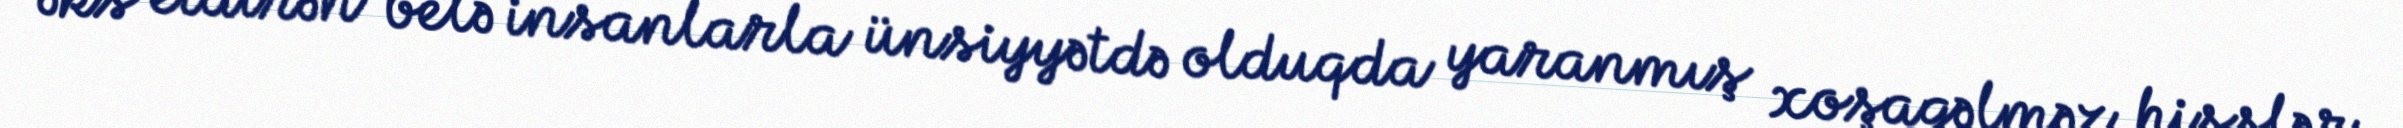
əks etdirən belə insanlarla ünsiyyətdə olduqda yaranmış xoşagəlməz hisslər